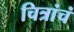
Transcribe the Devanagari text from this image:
चित्रांचं